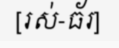
[រស់-ធ័រ]